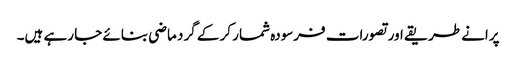
پرانے طریقے اور تصورات فرسودہ شمار کر کے گرد ماضی بنائے جا رہے ہیں۔